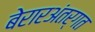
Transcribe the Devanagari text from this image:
बेरारअंतर्गत